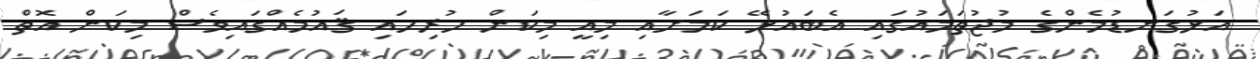
އަޅުގަނޑުމެންގެ މުޖުތަމައުގައި އެބައުޅޭ ކަމަށާއި މިއީ މިކަން ހުރިހައި ޤައުމެއްގައިވެސް މިކަން އޮތް